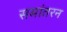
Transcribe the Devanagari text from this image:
समांतरन